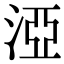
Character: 𣵾